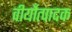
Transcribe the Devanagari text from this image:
वीर्योत्पादक